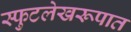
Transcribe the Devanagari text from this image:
स्फुटलेखरूपात